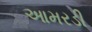
આમરડી